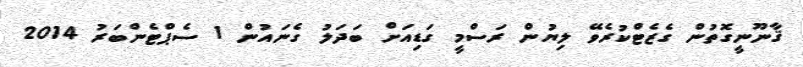
ޤާނޫނީގޮތުން ގެޒެޓްކުރެވޭ ލިޔުން ރަސްމީ ގަޑިއަށް ބަދަލު ގެނައުން 1 ސެޕްޓެންބަރު 2014